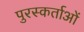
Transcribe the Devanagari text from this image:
पुरस्कर्ताओं